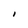
Character: I